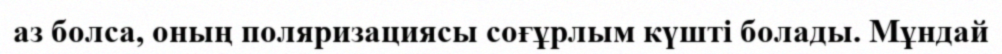
аз болса, оның поляризациясы соғұрлым күшті болады. Мұндай